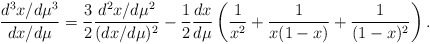
\begin{align*}\frac{ d^3 x / d \mu^3 }{d x / d \mu} = \frac{3}{2} \frac{ d^2 x / d \mu^2 }{(d x / d \mu)^2} - \frac{1}{2} \frac{dx}{d \mu} \left ( \frac{1}{x^2} + \frac{1}{x(1-x)} + \frac{1}{(1-x)^2} \right ). \end{align*}